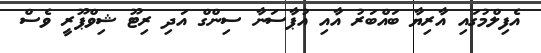
އެފިލްމުގައި އާރިޔާ ބައްބަރު އާއި އުޕާސަނާ ސިންގް އަދި ރިޓޫ ޝިވްޕޫރީ ވެސް